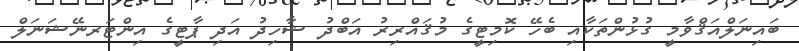
ބައިނަލްއަޤްވާމީ ގުޅުންތަކާއި ބެހޭ ކޮމިޓީގެ މުޤައްރިރު އަބްދު ޝާހިދު އަދި ޕާޓީގެ އިންޓަރނޭޝަނަލް